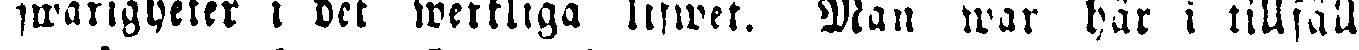
svarigheter i det werkliga lifwet. Man war här i tillfälle